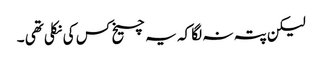
لیکن پتہ نہ لگا کہ یہ چیخ کس کی نکلی تھی ۔